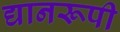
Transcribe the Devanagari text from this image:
द्यानरूपी